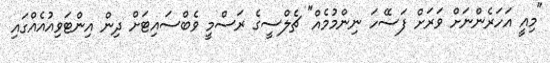
"މިއީ އަހަރެންނަށް ވަރަށް ފަސޭހަ ނިންމުމެއް" ޗެލްސީގެ ރަސްމީ ވެބްސައިޓަށް ދިން އިންޓަވިއުއެއްގައި